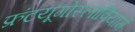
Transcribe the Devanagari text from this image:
फ्रंटयूगोस्लावियामें